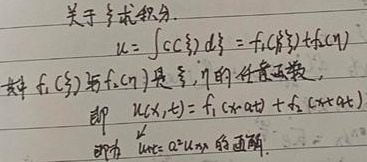
关于\(\xi\)求积分.
\[
u = \int C(\xi)\mathrm{d}\xi = f_1(\xi)+f_2(\eta)
\]
其中\(f_1(\xi)\)与\(f_2(\eta)\)是\(\xi,\eta\)的任意函数，即\(u(x,t)=f_1(x - at)+f_2(x + at)\)即为\(u_{tt}=a^{2}u_{xx}\)的通解.